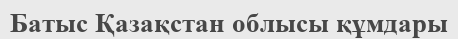
Батыс Қазақстан облысы құмдары